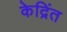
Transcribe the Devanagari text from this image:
केद्रिंत